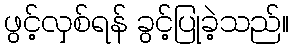
ဖွင့်လှစ်ရန် ခွင့်ပြုခဲ့သည်။